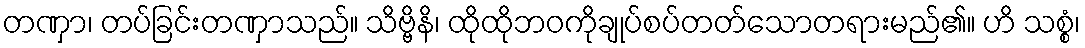
တဏှာ၊ တပ်ခြင်းတဏှာသည်။ သိဗ္ဗိနိ၊ ထိုထိုဘဝကိုချုပ်စပ်တတ်သောတရားမည်၏။ ဟိ သစ္စံ၊